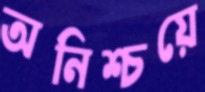
অনিশ্চয়ে